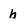
Character: h